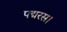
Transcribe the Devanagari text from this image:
पद्मरस।